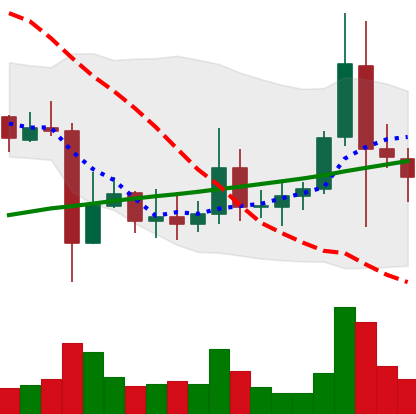
Ticker: ADA-USD
Chart end date: 2021-11-12
Forward return: -8.321%
Label: down_7plus